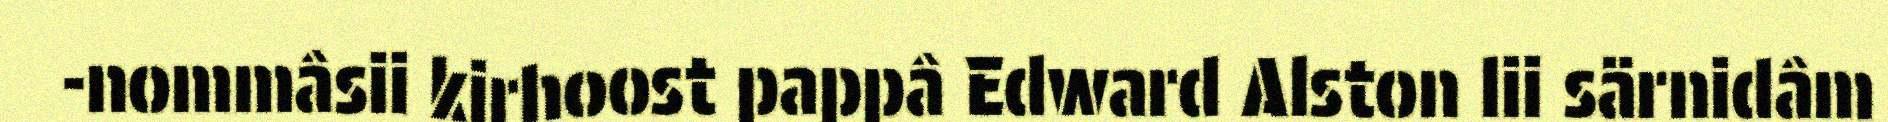
-nommâsii kirhoost pappâ Edward Alston lii särnidâm